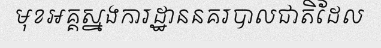
មុខអគ្គស្នងការដ្ឋាននគរបាលជាតិដែល